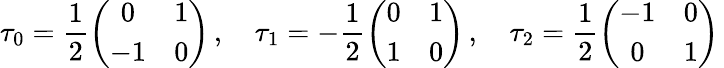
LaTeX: \tau_{0}=\frac 12\left(\begin{array}{cc}{{0}}&{{1}}\\ {{-1}}&{{0}}\end{array}\right)\, ,\quad\tau_{1}=-\frac 12\left(\begin{array}{cc}{{0}}&{{1}}\\ {{1}}&{{0}}\end{array}\right)\, ,\quad\tau_{2}=\frac 12\left(\begin{array}{cc}{{-1}}&{{0}}\\ {{0}}&{{1}}\end{array}\right)\,